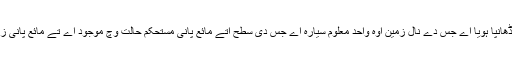
سمندری پانی نے زمین دی سطح دا 71 فیصد حصّہ ڈھانپا ہويا اے جس دے نال زمین اوہ واحد معلوم سیارہ اے جس دی سطح اُتے مائع پانی مستحکم حالت وچ موجود اے تے مائع پانی زمین اُتے موجود تمام معلوم حیات دے لئی ناگزیر ا‏‏ے۔